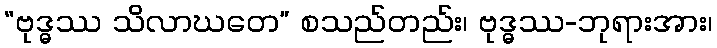
“ဗုဒ္ဓဿ သိလာဃတေ” စသည်တည်း၊ ဗုဒ္ဓဿ-ဘုရားအား၊